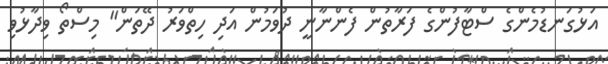
އަޅުގަނޑުމެންގެ ސްޓާފުންގެ ފަރާތުން ފެންނާނީ ދުވަމުން އަދި ހިތްވަރު ދޭތަން" މިސްތޯ ވިދާޅުވި